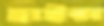
হাইন্স